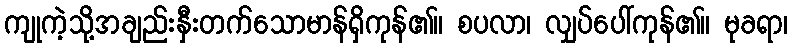
ကျုကဲ့သို့အချည်းနှီးတက်သောမာန်ရှိကုန်၏။ စပလာ၊ လျှပ်ပေါ်ကုန်၏။ မုခရာ၊